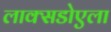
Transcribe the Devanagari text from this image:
लाक्सडोएला